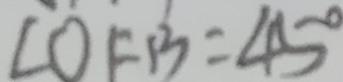
\angle O F B = 4 5 ^ { \circ }